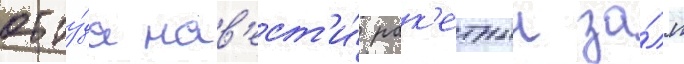
отту́да нав'ест'и́ рак'етныи за́лп